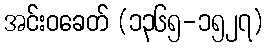
အင်းဝခေတ် (၁၃၆၅-၁၅၂၇)